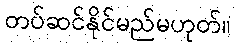
တပ်ဆင်နိုင်မည်မဟုတ်။